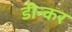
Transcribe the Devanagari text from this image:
डीन्कर